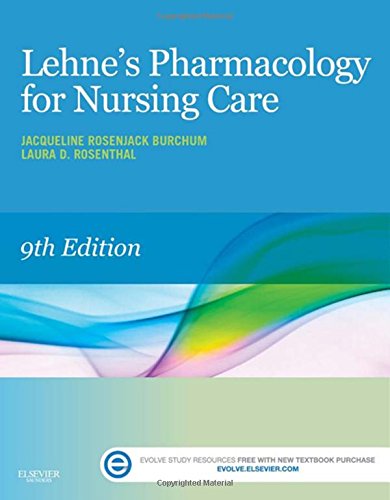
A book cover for Lehne's Pharmacology for Nursing Care, 9e; Jacqueline Burchum DNSc  APRN  BC; Medical Books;